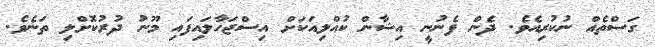
ގަސްތެއް ނުކުރިއެވެ. ދެން ފެނުނީ އިޝާން ކުއްލިއަކަށް އިސްޖަހާލައިފައި މޫނު ދުރުކޮށްލި ތަނެވެ.